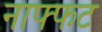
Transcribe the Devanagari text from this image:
नाफ्फट